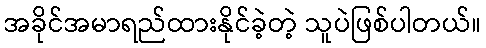
အခိုင်အမာရည်ထားနိုင်ခဲ့တဲ့ သူပဲဖြစ်ပါတယ်။